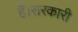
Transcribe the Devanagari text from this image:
हैं।सरकारी